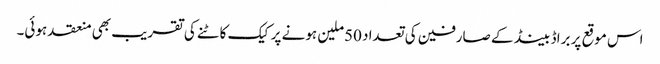
اس موقع پر براڈ بینڈ کے صارفین کی تعداد 50ملین ہونے پر کیک کاٹنے کی تقریب بھی منعقد ہوئی۔